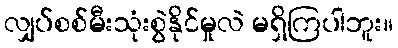
လျှပ်စစ်မီးသုံးစွဲနိုင်မှုလဲ မရှိကြပါဘူး။